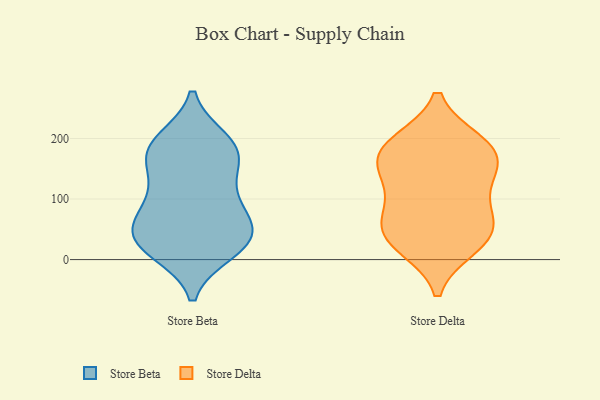
{"axis": {"x": "Headcount", "y": "Value"}, "legend": ["Store Beta", "Store Delta"], "data": [{"x": "", "y": 38, "type": "Store Beta"}, {"x": "", "y": 13, "type": "Store Beta"}, {"x": "", "y": 133, "type": "Store Beta"}, {"x": "", "y": 174, "type": "Store Beta"}, {"x": "", "y": 92, "type": "Store Beta"}, {"x": "", "y": 190, "type": "Store Beta"}, {"x": "", "y": 52, "type": "Store Beta"}, {"x": "", "y": 15, "type": "Store Beta"}, {"x": "", "y": 55, "type": "Store Beta"}, {"x": "", "y": 166, "type": "Store Beta"}, {"x": "", "y": 89, "type": "Store Beta"}, {"x": "", "y": 166, "type": "Store Beta"}, {"x": "", "y": 42, "type": "Store Beta"}, {"x": "", "y": 197, "type": "Store Beta"}, {"x": "", "y": 104, "type": "Store Beta"}, {"x": "", "y": 20, "type": "Store Beta"}, {"x": "", "y": 193, "type": "Store Beta"}, {"x": "", "y": 41, "type": "Store Beta"}, {"x": "", "y": 193, "type": "Store Delta"}, {"x": "", "y": 129, "type": "Store Delta"}, {"x": "", "y": 80, "type": "Store Delta"}, {"x": "", "y": 37, "type": "Store Delta"}, {"x": "", "y": 182, "type": "Store Delta"}, {"x": "", "y": 152, "type": "Store Delta"}, {"x": "", "y": 22, "type": "Store Delta"}, {"x": "", "y": 176, "type": "Store Delta"}, {"x": "", "y": 189, "type": "Store Delta"}, {"x": "", "y": 29, "type": "Store Delta"}, {"x": "", "y": 67, "type": "Store Delta"}, {"x": "", "y": 133, "type": "Store Delta"}, {"x": "", "y": 58, "type": "Store Delta"}]}